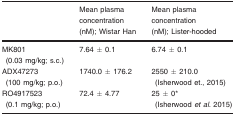
<table><thead><tr><td></td><td><b>Mean plasma concentration (nM); Wistar Han</b></td><td><b>Mean plasma concentration (nM); Lister‐hooded</b></td></tr></thead><tbody><tr><td>MK801 (0.03 mg/kg; s.c.)</td><td>7.64 ± 0.1</td><td>6.74 ± 0.1</td></tr><tr><td>ADX47273 (100 mg/kg; p.o.)</td><td>1740.0 ± 176.2</td><td>2550 ± 210.0 (Isherwood et., 2015)</td></tr><tr><td>RO4917523 (0.1 mg/kg; p.o.)</td><td>72.4 ± 4.77</td><td>25 ± 0a (Isherwood <i>et al</i>. 2015)</td></tr></tbody></table>